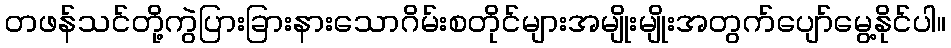
တဖန်သင်တို့ကွဲပြားခြားနားသောဂိမ်းစတိုင်များအမျိုးမျိုးအတွက်ပျော်မွေ့နိုင်ပါ။